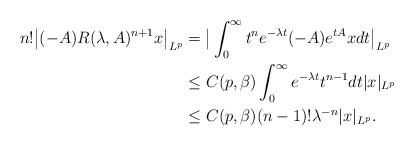
LaTeX: \begin{align*}n! \big|(-A) R(\lambda,A)^{n+1}x\big|_{L^p}&=\big|\int_{0}^{\infty}t^n e^{-\lambda t}(-A) e^{tA}x dt\big|_{L^p}\\&\le C(p,\beta)\int_{0}^{\infty}e^{-\lambda t}t^{n-1}dt |x|_{L^p}\\&\le C(p,\beta) (n-1)! \lambda^{-n}|x|_{L^p}.\end{align*}